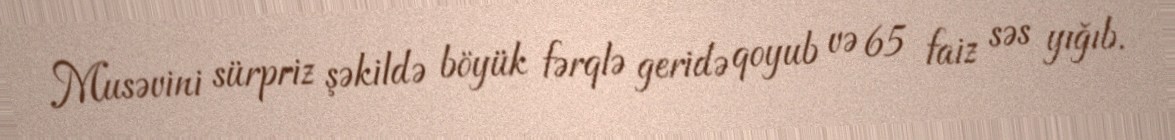
Musəvini sürpriz şəkildə böyük fərqlə geridə qoyub və 65 faiz səs yığıb.